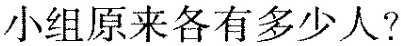
小组原来各有多少人?